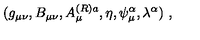
( g _ { \mu \nu } , B _ { \mu \nu } , A _ { \mu } ^ { ( R ) a } , \eta , \psi _ { \mu } ^ { \alpha } , \lambda ^ { \alpha } ) \ ,